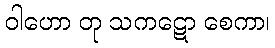
ဝါဟော တု သကဋော စေကာ၊